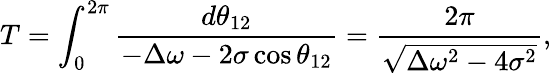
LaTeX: T=\int_{0}^{2\pi}\frac{d\theta_{12}}{-\Delta\omega-2\sigma\cos\theta_{12}}=\frac{2\pi}{\sqrt{\Delta\omega^{2}-4\sigma^{2}}},